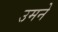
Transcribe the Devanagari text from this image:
उमने